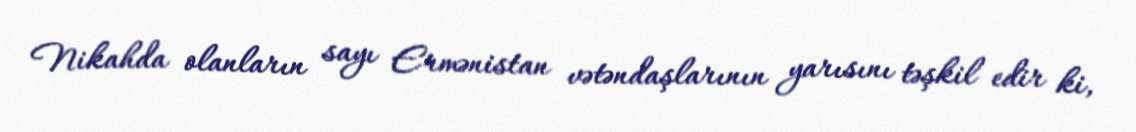
Nikahda olanların sayı Ermənistan vətəndaşlarının yarısını təşkil edir ki,